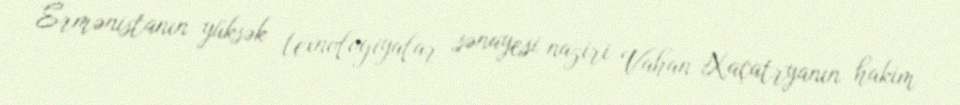
Ermənistanın yüksək texnologiyalar sənayesi naziri Vahan Xaçatryanın hakim